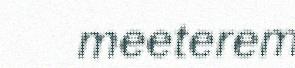
meeterem